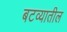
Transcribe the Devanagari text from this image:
बटव्यातील